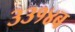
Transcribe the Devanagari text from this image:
३३१४ब